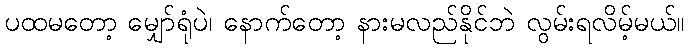
ပထမတော့ မျှော်ရုံပဲ၊ နောက်တော့ နားမလည်နိုင်ဘဲ လွမ်းရလိမ့်မယ်။